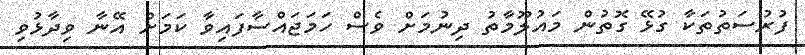
ފުރުސަތުތަކާ ގުޅޭ ގޮތުން މައުލޫމާތު ދިނުމަށް ވެސް ހަމަޖައްސާފައިވާ ކަމަށް އޭނާ ވިދާޅުވި